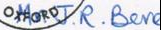
JR.Bere